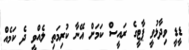
ޑީޑީ ވިދާޅުވީ ޕާޓީގެ ރައީސް ކަމަށް އޭނާ ކުރިމަތި ލެއްވީ ދެ ކަމެއް